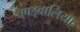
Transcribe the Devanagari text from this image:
पण्ड्वालिया